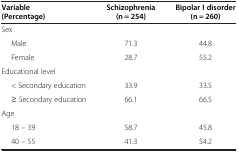
| Variable (Percentage) | Schizophrenia (n = 254) | Bipolar I disorder (n = 260) |
 | --- | --- | --- |
 | Sex |  |  |
 | Male | 71.3 | 44.8 |
 | Female | 28.7 | 55.2 |
 | Educational level |  |  |
 | < Secondary education | 33.9 | 33.5 |
 | ≥ Secondary education | 66.1 | 66.5 |
 | Age |  |  |
 | 18 – 39 | 58.7 | 45.8 |
 | 40 – 55 | 41.3 | 54.2 |